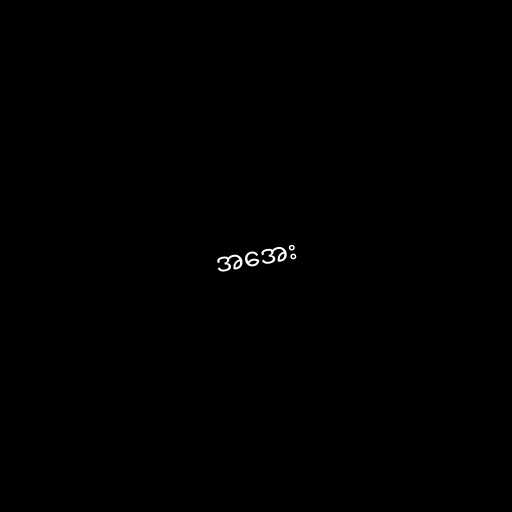
အအေး